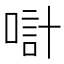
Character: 𠸥